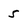
Character: 5